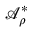
\mathcal { A } _ { \rho } ^ { \ast }